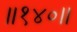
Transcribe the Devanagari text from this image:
॥१४०॥